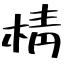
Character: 棈